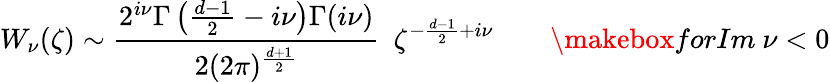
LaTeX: W_{\nu}(\zeta)\sim\frac{2^{i\nu}\Gamma\left(\frac{d-1}{2}-i\nu\right)\Gamma(i\nu)}{2(2\pi)^{\frac{d+1}{2}}}\ \ \zeta^{-\frac{d-1}{2}+i\nu}\ \ \ \ \ \ \ \ \makebox{forIm}\ \nu<0